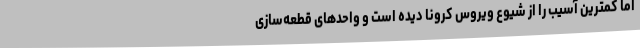
اما کمترین آسیب را از شیوع ویروس کرونا دیده است و واحدهای قطعه‌سازی